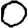
Digit: 0